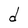
Character: d